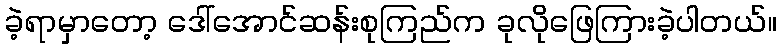
ခဲ့ရာမှာတော့ ဒေါ်အောင်ဆန်းစုကြည်က ခုလိုဖြေကြားခဲ့ပါတယ်။